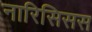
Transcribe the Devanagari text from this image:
नारिसिसस